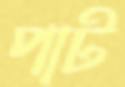
পাট